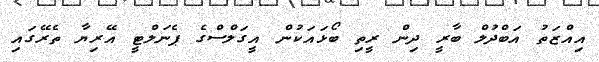
އިއްޒަތު އަބްދުލް ބާރީ ދިން ރީތި ބޯޅައަކުން އީގަލްސްގެ ޕެނަލްޓީ އޭރިޔާ ތެރޭގައި